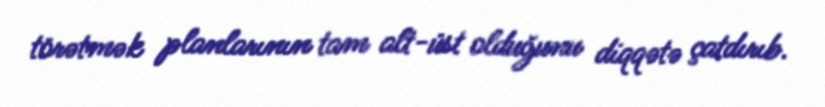
törətmək planlarının tam alt-üst olduğunu diqqətə çatdırıb.